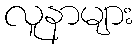
လူနာများ